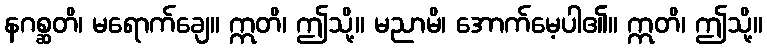
နဂစ္ဆတိ၊ မရောက်ချေ။ ဣတိ၊ ဤသို့။ မညာမိ၊ အောက်မေ့ပါ၏။ ဣတိ၊ ဤသို့။